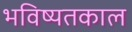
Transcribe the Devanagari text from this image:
भविष्यतकाल